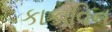
કાકાવિન